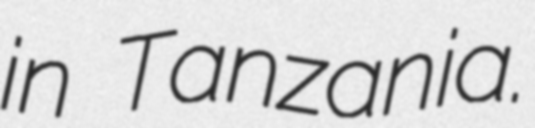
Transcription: in Tanzania.